Source: Handwritten
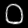
Digit: ၀ (0)